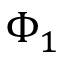
\Phi _ { 1 }